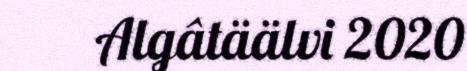
Algâtäälvi 2020